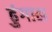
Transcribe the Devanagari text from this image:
ढुंगाल